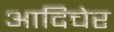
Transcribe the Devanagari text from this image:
आदिचेर